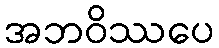
အဘဝိဿပေ